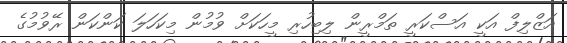
އަޒްލިފް އަކީ އަސްކަރީ ތަމްރީން ލިބިހުރި މީހަކަށް ވުމުން މިކަހަލަ ކަންކަން ރޭވުމުގެ